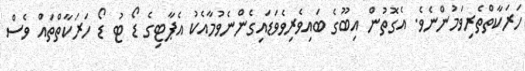
ހަރަކާތްތެރިވަމުންނެވެ. އެގޮތުން އިބޫގެ ބައިވެރިވެވަޑައިގެންނެވުމާއެކު އެޕާޓިގެ ޑޯ ޓު ޑޯ ހަރަކާތްތައް ވެސް